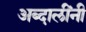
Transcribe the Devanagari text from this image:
अब्दालींनी